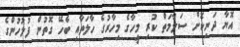
އޮޔާ ދަނިކޮށް ސަލާމަތް ކުރި މީހާގެ މިހާރުގެ ހާލަތާއި ބެހޭ ގޮތުން ފުލުހުންގެ